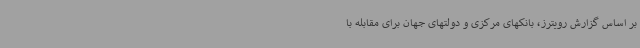
بر اساس گزارش رویترز، بانکهای مرکزی و دولتهای جهان برای مقابله با